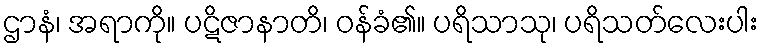
ဌာနံ၊ အရာကို။ ပဋိဇာနာတိ၊ ဝန်ခံ၏။ ပရိသာသု၊ ပရိသတ်လေးပါး